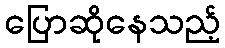
ပြောဆိုနေသည့်